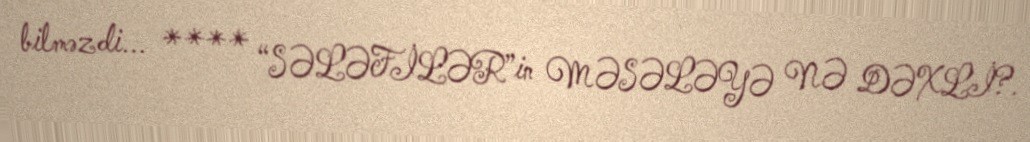
bilməzdi... **** “SƏLƏFİLƏR”in MƏSƏLƏYƏ NƏ DƏXLİ?.